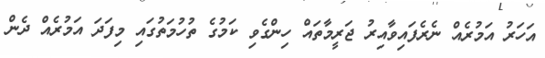
އަހަރު އަމުރެއް ނެރެފައިވާއިރު ޖަރީމާތައް ހިންގެވި ކަމުގެ ތުހުމަތުގައި މިފަދަ އަމުރެއް ދެން